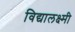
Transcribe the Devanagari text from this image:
विद्यालक्ष्मी